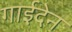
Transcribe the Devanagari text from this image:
गाईदेन